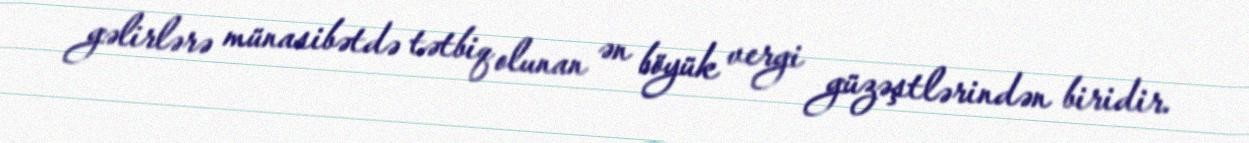
gəlirlərə münasibətdə tətbiq olunan ən böyük vergi güzəştlərindən biridir.